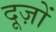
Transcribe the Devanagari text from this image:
दूज़ों